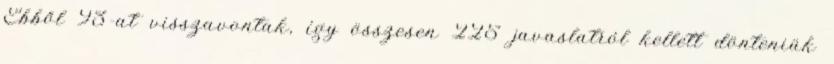
Ebből 93-at visszavontak, így összesen 225 javaslatról kellett dönteniük